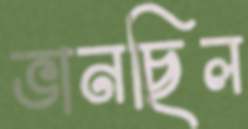
ভানছিল